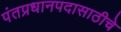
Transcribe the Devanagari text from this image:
पंतप्रधानपदासाठीचे